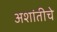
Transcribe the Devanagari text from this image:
अशांतीचे